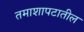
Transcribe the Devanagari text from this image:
तमाशापटातील